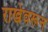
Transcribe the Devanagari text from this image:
राखेवरून